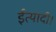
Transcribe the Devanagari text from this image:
ईत्यादी।